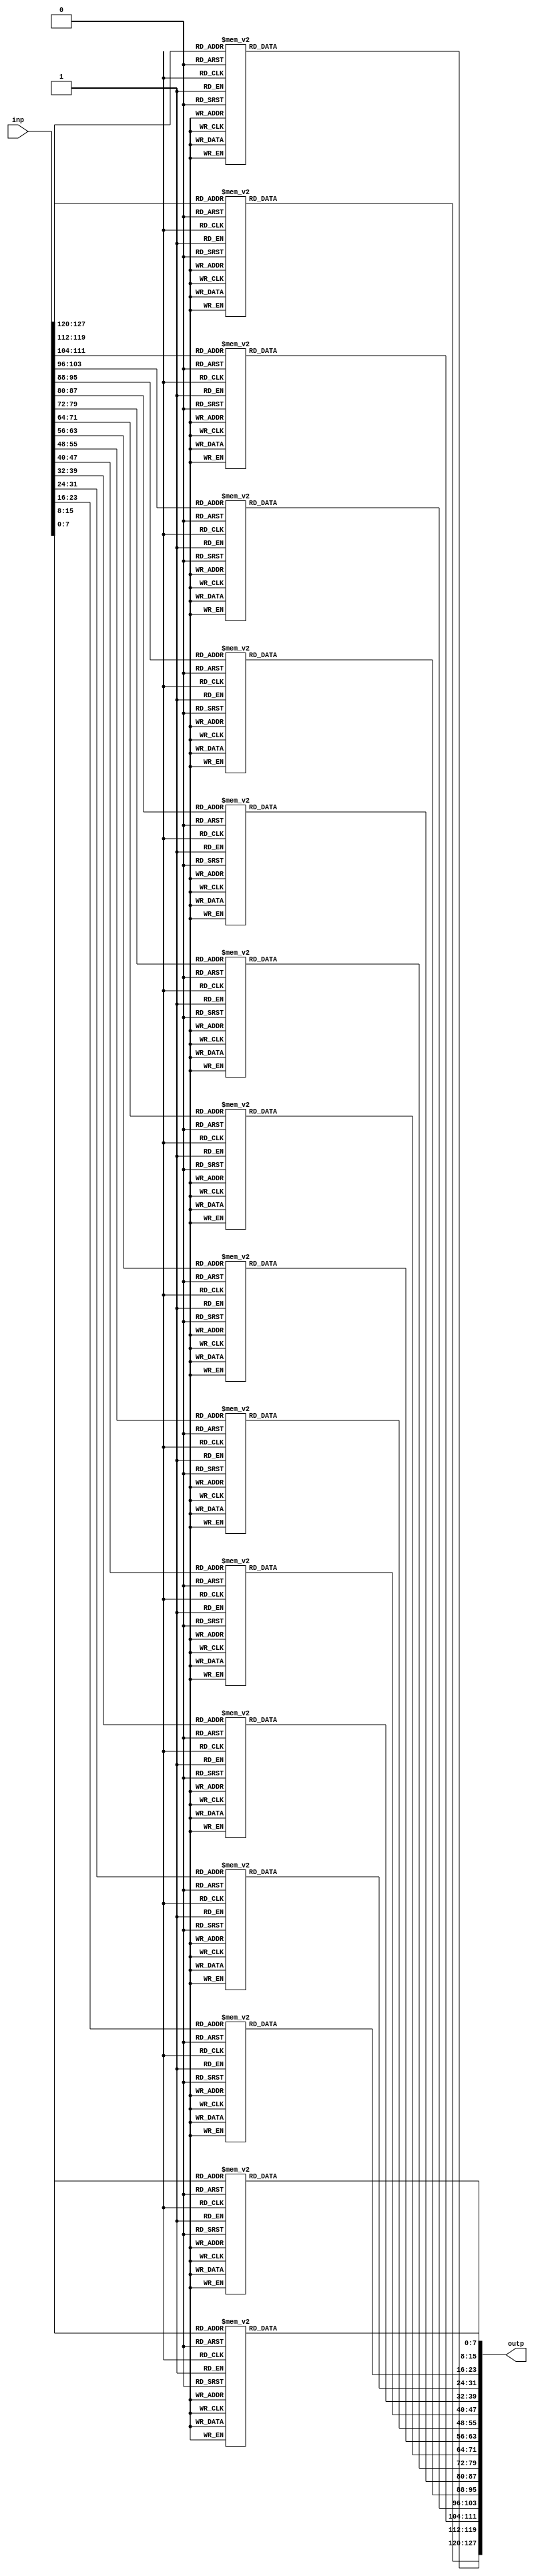
module InvSubBytes(input [0:127]inp, output reg [0:127] outp);

reg [0:7]st00,st01,st02,st03;
reg [0:7]st10,st11,st12,st13;
reg [0:7]st20,st21,st22,st23;
reg [0:7]st30,st31,st32,st33;
always @(*)
begin
st00=inp[0:7];    st01=inp[8:15] ;     st02=inp[16:23];    st03=inp[24:31];
st10=inp[32:39];  st11=inp[40:47] ;    st12=inp[48:55];    st13=inp[56:63]; 
st20=inp[64:71];  st21=inp[72:79] ;    st22=inp[80:87];    st23=inp[88:95];
st30=inp[96:103]; st31=inp[104:111];   st32=inp[112:119];  st33=inp[120:127]; 

outp=InvSubBytes(st00,st01,st02,st03,
st10,st11,st12,st13,
st20,st21,st22,st23,
st30,st31,st32,st33);
end
function [0:127] InvSubBytes( input [0:7]
s00,s01,s02,s03,
s10,s11,s12,s13,
s20,s21,s22,s23,
s30,s31,s32,s33
 );
reg [0:7]ss00,ss01,ss02,ss03;
reg [0:7]ss10,ss11,ss12,ss13;
reg [0:7]ss20,ss21,ss22,ss23;
reg [0:7]ss30,ss31,ss32,ss33;


begin 
 ss00 =sbout(s00); ss01 =sbout(s01); ss02=sbout(s02); ss03=sbout(s03);
 ss10 =sbout(s10); ss11 =sbout(s11); ss12=sbout(s12); ss13=sbout(s13);
 ss20 =sbout(s20); ss21 =sbout(s21); ss22=sbout(s22); ss23=sbout(s23);
 ss30 =sbout(s30); ss31 =sbout(s31); ss32=sbout(s32); ss33=sbout(s33);

 InvSubBytes[0:7]=ss00;      InvSubBytes[8:15]=ss01;    InvSubBytes[16:23]=ss02;    InvSubBytes[24:31]=ss03;
 InvSubBytes[32:39]=ss10;    InvSubBytes[40:47]=ss11;   InvSubBytes[48:55]=ss12;    InvSubBytes[56:63]=ss13;
 InvSubBytes[64:71]=ss20;    InvSubBytes[72:79]=ss21;    InvSubBytes[80:87]=ss22;    InvSubBytes[88:95]=ss23;
 InvSubBytes[96:103]=ss30;   InvSubBytes[104:111]=ss31; InvSubBytes[112:119]=ss32;  InvSubBytes[120:127]=ss33;


end
endfunction

function [0:7]sbout (input [0:7] selector);
begin

    case(selector)
				8'h00:sbout =8'h52;
				8'h01:sbout =8'h09;
				8'h02:sbout =8'h6a;
				8'h03:sbout =8'hd5;
				8'h04:sbout =8'h30;
				8'h05:sbout =8'h36;
				8'h06:sbout =8'ha5;
				8'h07:sbout =8'h38;
				8'h08:sbout =8'hbf;
				8'h09:sbout =8'h40;
				8'h0a:sbout =8'ha3;
				8'h0b:sbout =8'h9e;
				8'h0c:sbout =8'h81;
				8'h0d:sbout =8'hf3;
				8'h0e:sbout =8'hd7;
				8'h0f:sbout =8'hfb;
				8'h10:sbout =8'h7c;
				8'h11:sbout =8'he3;
				8'h12:sbout =8'h39;
				8'h13:sbout =8'h82;
				8'h14:sbout =8'h9b;
				8'h15:sbout =8'h2f;
				8'h16:sbout =8'hff;
				8'h17:sbout =8'h87;
				8'h18:sbout =8'h34;
				8'h19:sbout =8'h8e;
				8'h1a:sbout =8'h43;
				8'h1b:sbout =8'h44;
				8'h1c:sbout =8'hc4;
				8'h1d:sbout =8'hde;
				8'h1e:sbout =8'he9;
				8'h1f:sbout =8'hcb;
				8'h20:sbout =8'h54;
				8'h21:sbout =8'h7b;
				8'h22:sbout =8'h94;
				8'h23:sbout =8'h32;
				8'h24:sbout =8'ha6;
				8'h25:sbout =8'hc2;
				8'h26:sbout =8'h23;
				8'h27:sbout =8'h3d;
				8'h28:sbout =8'hee;
				8'h29:sbout =8'h4c;
				8'h2a:sbout =8'h95;
				8'h2b:sbout =8'h0b;
				8'h2c:sbout =8'h42;
				8'h2d:sbout =8'hfa;
				8'h2e:sbout =8'hc3;
				8'h2f:sbout =8'h4e;
				8'h30:sbout =8'h08;
				8'h31:sbout =8'h2e;
				8'h32:sbout =8'ha1;
				8'h33:sbout =8'h66;
				8'h34:sbout =8'h28;
				8'h35:sbout =8'hd9;
				8'h36:sbout =8'h24;
				8'h37:sbout =8'hb2;
				8'h38:sbout =8'h76;
				8'h39:sbout =8'h5b;
				8'h3a:sbout =8'ha2;
				8'h3b:sbout =8'h49;
				8'h3c:sbout =8'h6d;
				8'h3d:sbout =8'h8b;
				8'h3e:sbout =8'hd1;
				8'h3f:sbout =8'h25;
				8'h40:sbout =8'h72;
				8'h41:sbout =8'hf8;
				8'h42:sbout =8'hf6;
				8'h43:sbout =8'h64;
				8'h44:sbout =8'h86;
				8'h45:sbout =8'h68;
				8'h46:sbout =8'h98;
				8'h47:sbout =8'h16;
				8'h48:sbout =8'hd4;
				8'h49:sbout =8'ha4;
				8'h4a:sbout =8'h5c;
				8'h4b:sbout =8'hcc;
				8'h4c:sbout =8'h5d;
				8'h4d:sbout =8'h65;
				8'h4e:sbout =8'hb6;
				8'h4f:sbout =8'h92;
				8'h50:sbout =8'h6c;
				8'h51:sbout =8'h70;
				8'h52:sbout =8'h48;
				8'h53:sbout =8'h50;
				8'h54:sbout =8'hfd;
				8'h55:sbout =8'hed;
				8'h56:sbout =8'hb9;
				8'h57:sbout =8'hda;
				8'h58:sbout =8'h5e;
				8'h59:sbout =8'h15;
				8'h5a:sbout =8'h46;
				8'h5b:sbout =8'h57;
				8'h5c:sbout =8'ha7;
				8'h5d:sbout =8'h8d;
				8'h5e:sbout =8'h9d;
				8'h5f:sbout =8'h84;
				8'h60:sbout =8'h90;
				8'h61:sbout =8'hd8;
				8'h62:sbout =8'hab;
				8'h63:sbout =8'h00;
				8'h64:sbout =8'h8c;
				8'h65:sbout =8'hbc;
				8'h66:sbout =8'hd3;
				8'h67:sbout =8'h0a;
				8'h68:sbout =8'hf7;
				8'h69:sbout =8'he4;
				8'h6a:sbout =8'h58;
				8'h6b:sbout =8'h05;
				8'h6c:sbout =8'hb8;
				8'h6d:sbout =8'hb3;
				8'h6e:sbout =8'h45;
				8'h6f:sbout =8'h06;
				8'h70:sbout =8'hd0;
				8'h71:sbout =8'h2c;
				8'h72:sbout =8'h1e;
				8'h73:sbout =8'h8f;
				8'h74:sbout =8'hca;
				8'h75:sbout =8'h3f;
				8'h76:sbout =8'h0f;
				8'h77:sbout =8'h02;
				8'h78:sbout =8'hc1;
				8'h79:sbout =8'haf;
				8'h7a:sbout =8'hbd;
				8'h7b:sbout =8'h03;
				8'h7c:sbout =8'h01;
				8'h7d:sbout =8'h13;
				8'h7e:sbout =8'h8a;
				8'h7f:sbout =8'h6b;
				8'h80:sbout =8'h3a;
				8'h81:sbout =8'h91;
				8'h82:sbout =8'h11;
				8'h83:sbout =8'h41;
				8'h84:sbout =8'h4f;
				8'h85:sbout =8'h67;
				8'h86:sbout =8'hdc;
				8'h87:sbout =8'hea;
				8'h88:sbout =8'h97;
				8'h89:sbout =8'hf2;
				8'h8a:sbout =8'hcf;
				8'h8b:sbout =8'hce;
				8'h8c:sbout =8'hf0;
				8'h8d:sbout =8'hb4;
				8'h8e:sbout =8'he6;
				8'h8f:sbout =8'h73;
				8'h90:sbout =8'h96;
				8'h91:sbout =8'hac;
				8'h92:sbout =8'h74;
				8'h93:sbout =8'h22;
				8'h94:sbout =8'he7;
				8'h95:sbout =8'had;
				8'h96:sbout =8'h35;
				8'h97:sbout =8'h85;
				8'h98:sbout =8'he2;
				8'h99:sbout =8'hf9;
				8'h9a:sbout =8'h37;
				8'h9b:sbout =8'he8;
				8'h9c:sbout =8'h1c;
				8'h9d:sbout =8'h75;
				8'h9e:sbout =8'hdf;
				8'h9f:sbout =8'h6e;
				8'ha0:sbout =8'h47;
				8'ha1:sbout =8'hf1;
				8'ha2:sbout =8'h1a;
				8'ha3:sbout =8'h71;
				8'ha4:sbout =8'h1d;
				8'ha5:sbout =8'h29;
				8'ha6:sbout =8'hc5;
				8'ha7:sbout =8'h89;
				8'ha8:sbout =8'h6f;
				8'ha9:sbout =8'hb7;
				8'haa:sbout =8'h62;
				8'hab:sbout =8'h0e;
				8'hac:sbout =8'haa;
				8'had:sbout =8'h18;
				8'hae:sbout =8'hbe;
				8'haf:sbout =8'h1b;
				8'hb0:sbout =8'hfc;
				8'hb1:sbout =8'h56;
				8'hb2:sbout =8'h3e;
				8'hb3:sbout =8'h4b;
				8'hb4:sbout =8'hc6;
				8'hb5:sbout =8'hd2;
				8'hb6:sbout =8'h79;
				8'hb7:sbout =8'h20;
				8'hb8:sbout =8'h9a;
				8'hb9:sbout =8'hdb;
				8'hba:sbout =8'hc0;
				8'hbb:sbout =8'hfe;
				8'hbc:sbout =8'h78;
				8'hbd:sbout =8'hcd;
				8'hbe:sbout =8'h5a;
				8'hbf:sbout =8'hf4;
				8'hc0:sbout =8'h1f;
				8'hc1:sbout =8'hdd;
				8'hc2:sbout =8'ha8;
				8'hc3:sbout =8'h33;
				8'hc4:sbout =8'h88;
				8'hc5:sbout =8'h07;
				8'hc6:sbout =8'hc7;
				8'hc7:sbout =8'h31;
				8'hc8:sbout =8'hb1;
				8'hc9:sbout =8'h12;
				8'hca:sbout =8'h10;
				8'hcb:sbout =8'h59;
				8'hcc:sbout =8'h27;
				8'hcd:sbout =8'h80;
				8'hce:sbout =8'hec;
				8'hcf:sbout =8'h5f;
				8'hd0:sbout =8'h60;
				8'hd1:sbout =8'h51;
				8'hd2:sbout =8'h7f;
				8'hd3:sbout =8'ha9;
				8'hd4:sbout =8'h19;
				8'hd5:sbout =8'hb5;
				8'hd6:sbout =8'h4a;
				8'hd7:sbout =8'h0d;
				8'hd8:sbout =8'h2d;
				8'hd9:sbout =8'he5;
				8'hda:sbout =8'h7a;
				8'hdb:sbout =8'h9f;
				8'hdc:sbout =8'h93;
				8'hdd:sbout =8'hc9;
				8'hde:sbout =8'h9c;
				8'hdf:sbout =8'hef;
				8'he0:sbout =8'ha0;
				8'he1:sbout =8'he0;
				8'he2:sbout =8'h3b;
				8'he3:sbout =8'h4d;
				8'he4:sbout =8'hae;
				8'he5:sbout =8'h2a;
				8'he6:sbout =8'hf5;
				8'he7:sbout =8'hb0;
				8'he8:sbout =8'hc8;
				8'he9:sbout =8'heb;
				8'hea:sbout =8'hbb;
				8'heb:sbout =8'h3c;
				8'hec:sbout =8'h83;
				8'hed:sbout =8'h53;
				8'hee:sbout =8'h99;
				8'hef:sbout =8'h61;
				8'hf0:sbout =8'h17;
				8'hf1:sbout =8'h2b;
				8'hf2:sbout =8'h04;
				8'hf3:sbout =8'h7e;
				8'hf4:sbout =8'hba;
				8'hf5:sbout =8'h77;
				8'hf6:sbout =8'hd6;
				8'hf7:sbout =8'h26;
				8'hf8:sbout =8'he1;
				8'hf9:sbout =8'h69;
				8'hfa:sbout =8'h14;
				8'hfb:sbout =8'h63;
				8'hfc:sbout =8'h55;
				8'hfd:sbout =8'h21;
				8'hfe:sbout =8'h0c;
				8'hff:sbout =8'h7d;
				endcase
end
endfunction
endmodule